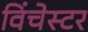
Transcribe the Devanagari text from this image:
विंचेस्‍टर